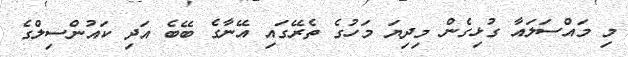
މި މައްސަލައާ ގުޅިގެން މިދިޔަ މަހުގެ ތެރޭގައި އޭނާގެ ބޭބެ އަދި ކައުންސިލްގެ